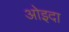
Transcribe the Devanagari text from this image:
ओइदा